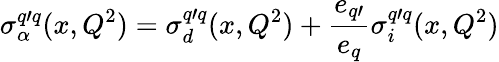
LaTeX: \sigma_{\alpha}^{q\prime q}(x,Q^{2})=\sigma_{d}^{q\prime q}(x,Q^{2})+\frac{e_{q\prime}}{e_{q}}\sigma_{i}^{q\prime q}(x,Q^{2})